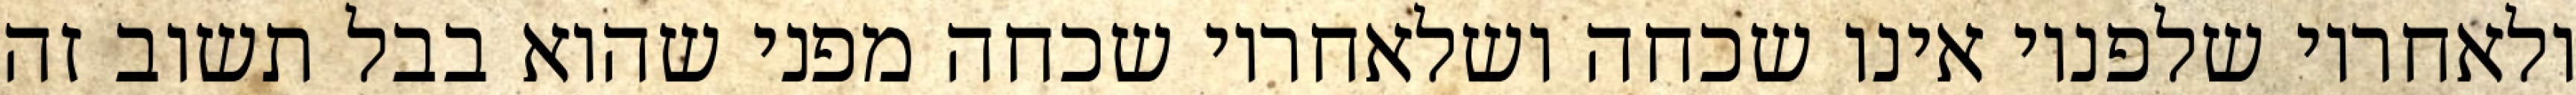
ולאחריו שלפניו אינו שכחה ושלאחריו שכחה מפני שהוא בבל תשוב זה